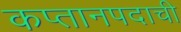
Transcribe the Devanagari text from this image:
कप्तानपदाची